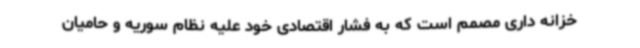
خزانه داری مصمم است که به فشار اقتصادی خود علیه نظام سوریه و حامیان